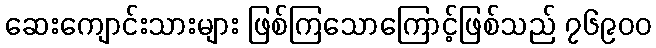
ဆေးကျောင်းသားများ ဖြစ်ကြသောကြောင့်ဖြစ်သည် ၇၆၉၀၀